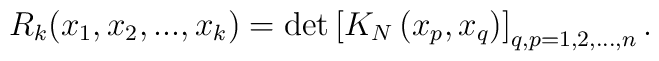
R_{k}(x_{1},x_{2},...,x_{k})=\det \left[ K_{N}\left( x_{p},x_{q}\right)\right] _{q,p=1,2,...,n}.